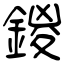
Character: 鍐